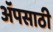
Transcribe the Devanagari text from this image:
अॅपसाठी